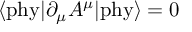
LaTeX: \langle \mathrm { p h y } | \partial _ { \mu } A ^ { \mu } | \mathrm { p h y } \rangle = 0